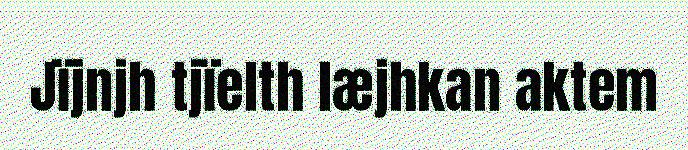
Jïjnjh tjïelth læjhkan aktem